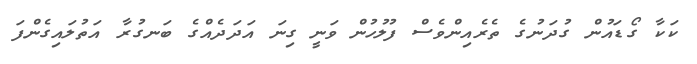
ކަކާ ގޯޑައުން ގުދަނުގެ ތެރެއިންވެސް ފުލުހުން ވަނީ ގިނަ އަދަދެއްގެ ބަނގުރާ އަތުލައިގެންފަ